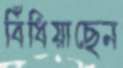
বিঁধিয়াছেন